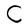
Character: C